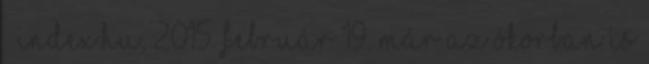
– Index.hu, 2015. február 19. Már az ókorban is